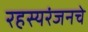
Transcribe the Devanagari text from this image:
रहस्यरंजनचे